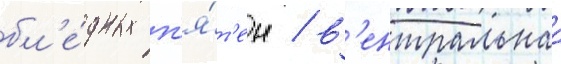
бл'е́дных п'я́т'ен / в'ентральнаа